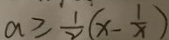
a \geq \frac { 1 } { 2 } ( x - \frac { 1 } { x } )